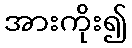
အားကိုး၍